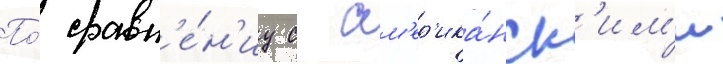
По́ сравн'е́н'иу с ам'ер'ика́нск'им'и